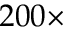
2 0 0 \times